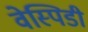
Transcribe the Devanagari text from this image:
वेस्पिडी